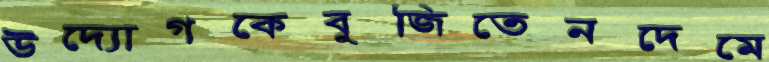
উদ্যোগকেবুজিতেনদেমে